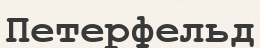
Петерфельд